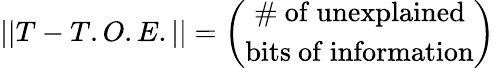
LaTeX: ||T-T.O.E.||=\left(\begin{array}{c}{{\mathrm{\# ~of~unexplained}}}\\ {{\mathrm{bits~of~information}}}\end{array}\right)